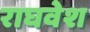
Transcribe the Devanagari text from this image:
राघवेश